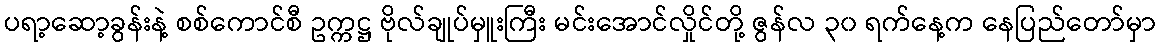
ပရာ့ဆော့ခွန်းနဲ့ စစ်ကောင်စီ ဥက္ကဋ္ဌ ဗိုလ်ချုပ်မှူးကြီး မင်းအောင်လှိုင်တို့ ဇွန်လ ၃၀ ရက်နေ့က နေပြည်တော်မှာ